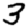
Digit: 3